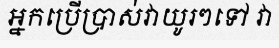
អ្នកប្រើប្រាស់វាយូរៗទៅ វា